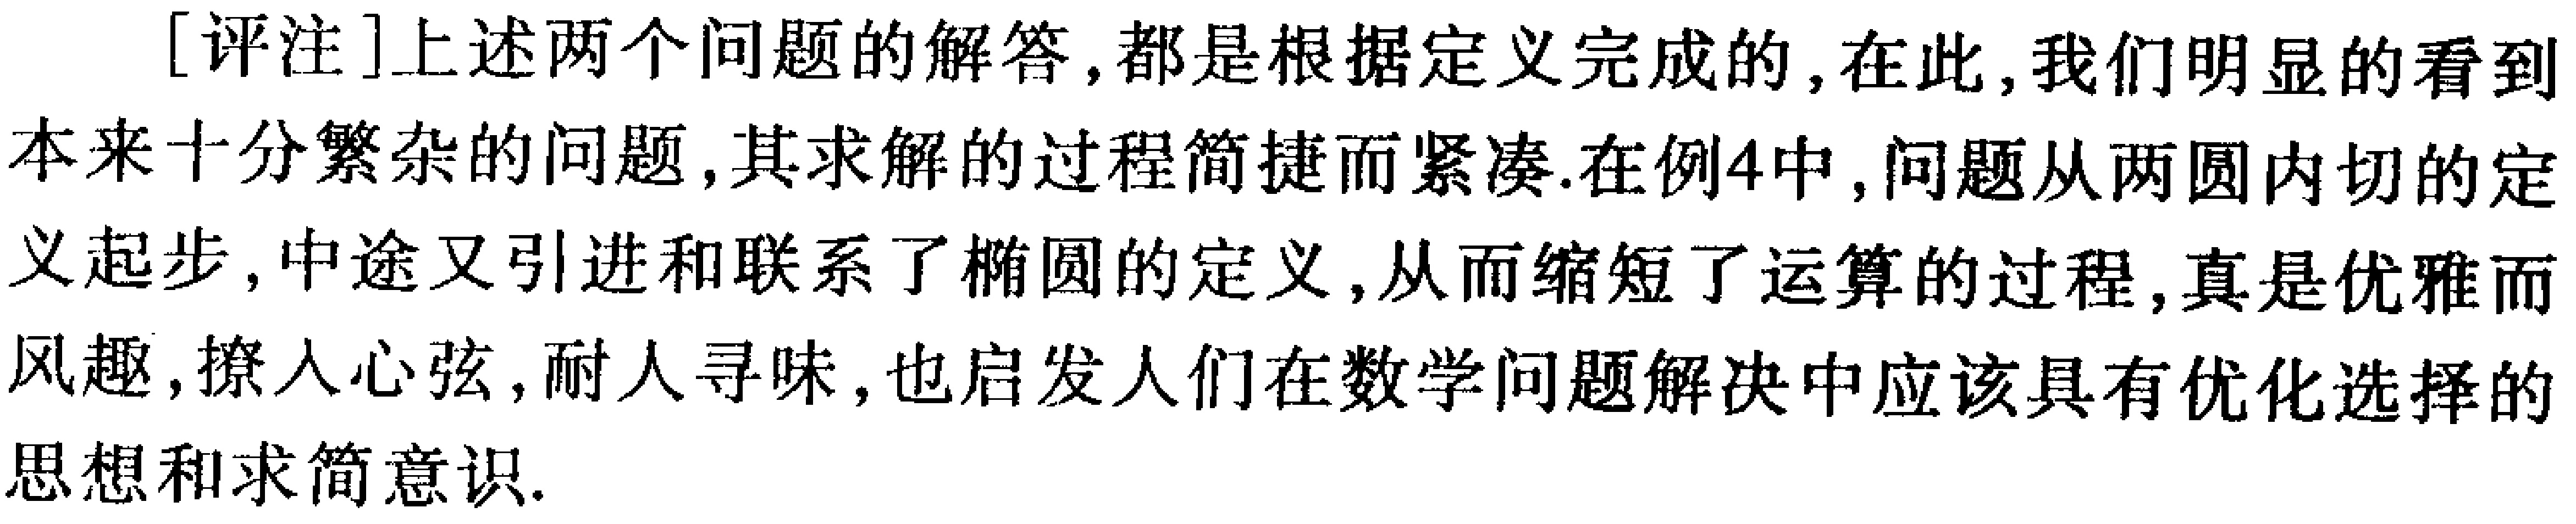
[评注]上述两个问题的解答,都是根据定义完成的,在此,我们明显的看到本来十分繁杂的问题,其求解的过程简捷而紧凑.在例4中,问题从两圆内切的定义起步,中途又引进和联系了椭圆的定义,从而缩短了运算的过程,真是优雅而风趣,撩人心弦,耐人寻味,也启发人们在数学问题解决中应该具有优化选择的思想和求简意识.